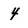
Character: 4